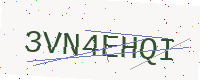
Text: 3VN4EHQI